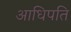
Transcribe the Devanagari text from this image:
आधिपति